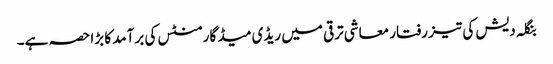
بنگلہ دیش کی تیز رفتار معاشی ترقی میں ریڈی میڈ گارمنٹس کی برآمد کا بڑا حصہ ہے۔